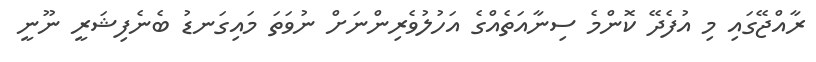
ރާއްޖޭގައި މި އުފެދޭ ކޮންމެ ސިނާއަތެއްގެ އަހުލުވެރިންނަށް ނުވަތަ މައިގަނޑު ބެނެފިޝަރީ ނޫނީ